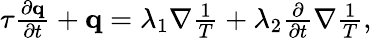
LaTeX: \begin{array}{r}{\tau\frac{\partial\mathbf q}{\partial t}+\mathbf q=\lambda_{1}\nabla\frac{1}{T}+\lambda_{2}\frac{\partial}{\partial t}\nabla\frac{1}{T},}\end{array}